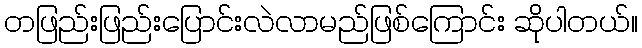
တဖြည်းဖြည်းပြောင်းလဲလာမည်ဖြစ်ကြောင်း ဆိုပါတယ်။